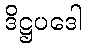
ဒိဋ္ဌပဒေါ